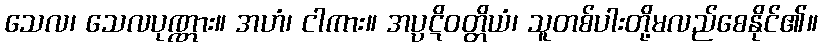
သေလ၊ သေလပုဏ္ဏား။ အဟံ၊ ငါကား။ အပ္ပဋိဝတ္တိယံ၊ သူတစ်ပါးတို့မလည်စေနိုင်၏။